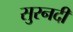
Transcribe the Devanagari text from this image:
सुरनदी